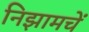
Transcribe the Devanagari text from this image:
निझामचें